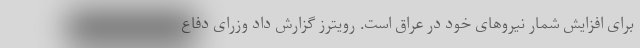
برای افزایش شمار نیروهای خود در عراق است. رویترز گزارش داد وزرای دفاع